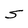
Character: S